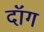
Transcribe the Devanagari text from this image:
दॉग